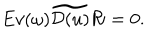
LaTeX: E v ( \omega ) \widetilde { { \cal D } ( u ) } { \cal R } = 0 .